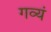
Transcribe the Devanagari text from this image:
गव्यं